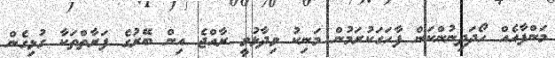
މަންފާއެއް ހޯދަދިނުންކަން ފާހަގަކުރަމުން މަނިކު ވިދާޅުވީ ރާއްޖެ އިން ބޭރުގެ ފަރާތްތަކާ ގުޅިގެން